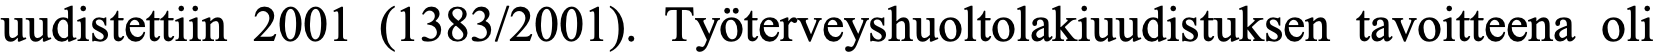
uudistettiin 2001 (1383/2001). Työterveyshuoltolakiuudistuksen tavoitteena oli